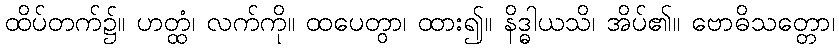
ထိပ်တက်၌။ ဟတ္ထံ၊ လက်ကို။ ထပေတွာ၊ ထား၍။ နိဒ္ဓါယသိ၊ အိပ်၏။ ဗောဓိသတ္တော၊